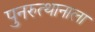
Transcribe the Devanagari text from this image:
पुनरुत्थानाला